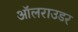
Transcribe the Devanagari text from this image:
ऑलराउडर